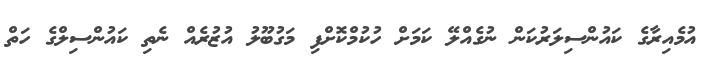
އުމެއިރާގެ ކައުންސިލަރުކަން ނުގެއްލޭ ކަމަށް ހުކުމްކޮށްފި މަގުބޫލު އުޒުރެއް ނެތި ކައުންސިލްގެ ހަތް